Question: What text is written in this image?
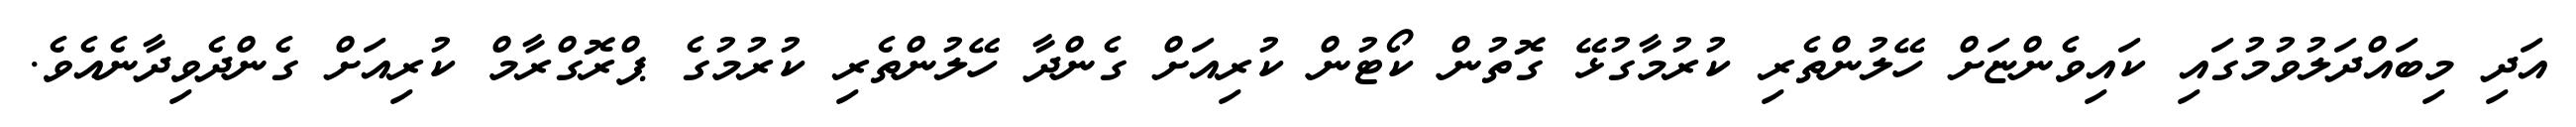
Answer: އަދި މިބައްދަލުވުމުގައި ކައިވެންޏަށް ހޭލުންތެރި ކުރުމާގުޅޭ ގޮތުން ކޯޓުން ކުރިއަށް ގެންދާ ހޭލުންތެރި ކުރުމުގެ ޕްރޮގްރާމް ކުރިއަށް ގެންދެވިދާނެއެވެ.